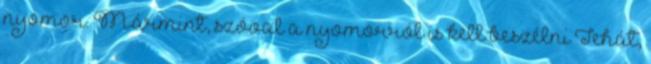
nyomor. Mármint, szóval a nyomorról is kell beszélni Tehát,